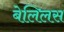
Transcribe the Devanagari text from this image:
बेलिलस